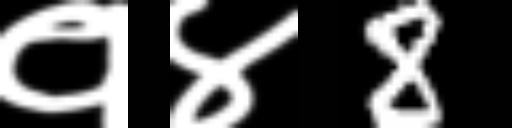
Text: १४8